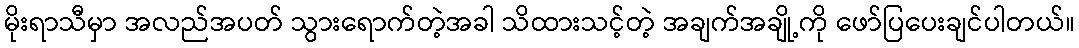
မိုးရာသီမှာ အလည်အပတ် သွားရောက်တဲ့အခါ သိထားသင့်တဲ့ အချက်အချို့ကို ဖော်ပြပေးချင်ပါတယ်။